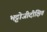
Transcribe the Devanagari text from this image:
भट्टोजीदीक्षित